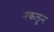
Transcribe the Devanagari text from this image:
नकलून